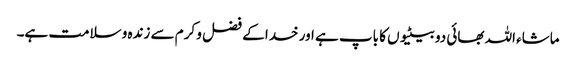
ماشاء اللہ بھائی دو بیٹیوں کا باپ ہے اور خدا کے فضل و کرم سے زندہ و سلامت ہے۔